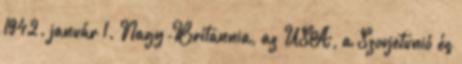
1942. január 1. Nagy-Britannia, az USA, a Szovjetunió és